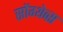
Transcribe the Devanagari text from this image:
सोंग्थेव्स